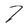
Character: 7